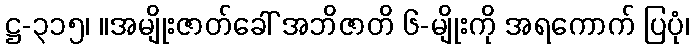
ဋ္ဌ-၃၁၅၊ ။အမျိုးဇာတ်ခေါ် အဘိဇာတိ ၆-မျိုးကို အရကောက် ပြပုံ၊